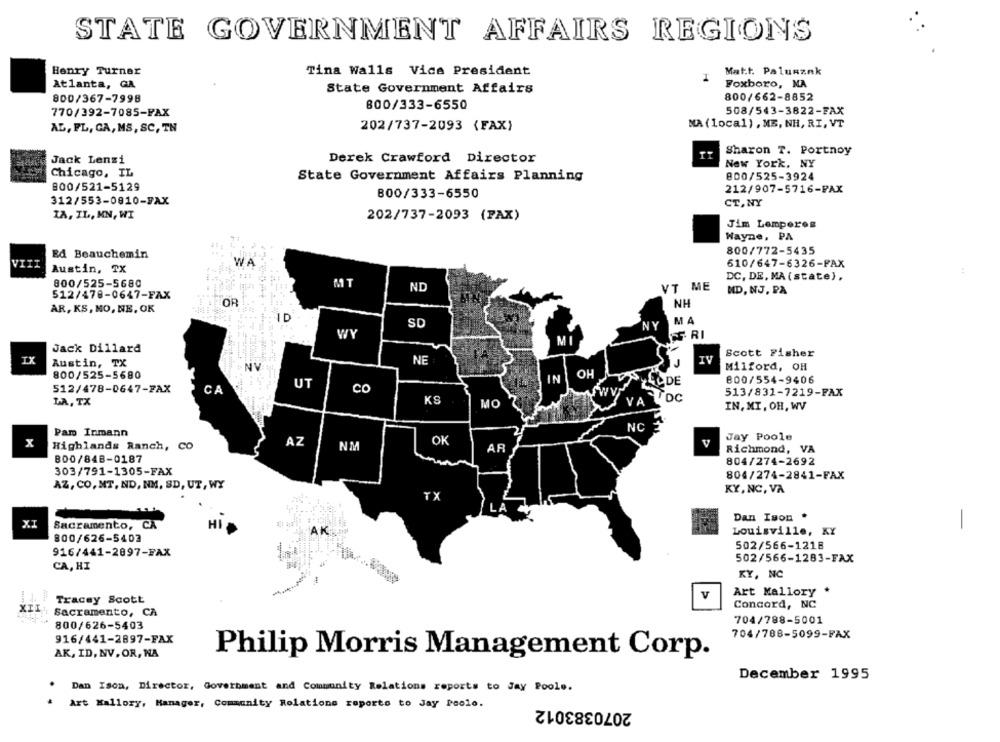
STATE GOVERNMENT AFFAIRS REGIONS
Henry Turner
Tina Walls Vice President
Matt. Paluszek
I
Atlanta, GA
State Government Affairs
Foxboro, NA
800/662-8852
800/367-7998
770/392-7085-FAX
800/333-6550
508/543-3822-FAX
MA (local) , MB, NH, RI, VT
AL, FL, CA, MS, SC, TN
202/737-2093 {FAX)
Sharon T. Portnoy
Jack Lensi
Derek Crawford Director
New York, NY
Chicago, IL
State Government Affairs Planning
800/525-3924
800/521-5129
800/333-6550
212/907-5716-FAX
312/553-0810-FAX
CT, NY
IA, IL, MN, WI
202/737-2093 (PAX)
Jim Lomperos
Wayne, PA
800/772-5435
Ed Beauchemin
WA
610/647-6326-FAX
Austin, TX
800/525-5680
MT
DC, DE, MA (state),
ND
VT ME
512/478-0647-FAX
MD, NJ, PA
OR
NH
AR, KS, MO, NE, OK
ID
SD
MA
WY
MI
Jack Dillard
AN
Scott Fisher
IX
Austin, TX
NE
Milford, OH
800/525-5680
IN
OH
800/554-9406
UT
DE
512/478-0647-FAX
CA
CO
513/831-7219-FAX
KS
DC
LA, TX
MO
VA
IN, MI, OH, WV
NC
Pam Inmann
Jay Poole
x
Highlands Ranch, CO
AZ
OK
V
NM
AR
Richmond, VA
B00/84B-0187
804/274-2692
303/791-1305-FAX
804/274-2841-FAX
AZ, CO, MT, ND, NM, SD, UT, WY
KY, NC, VA
TX
Dan Ison .
XI
Sacramento, CA
HI
-
Louisville, KY
800/626-5403
502/566-1218
916/441-2897-FAX
502/566-1283-FAX
CA, HI
KY, NC
Art Mallory
Tracey Scott
v
XII
Concord, NC
Sacramento, CA
704/788-5001
800/626-5403
916/441-2897-FAX
704/788-5099-FAX
AK, ID, NV. OR, NA
Philip Morris Management Corp.
December 1995
.
Dan Ison, Director, Government and Community Relations reports to Jay Poole.
Art Mallory, Manager, Community Relations reports to Jay Peolo.
2070383012